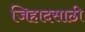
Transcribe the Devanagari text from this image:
जिहादसाठी